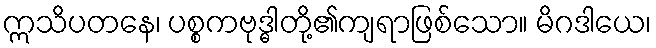
ဣသိပတနေ၊ ပစ္စကဗုဒ္ဓါတို့၏ကျရာဖြစ်သော။ မိဂဒါယေ၊